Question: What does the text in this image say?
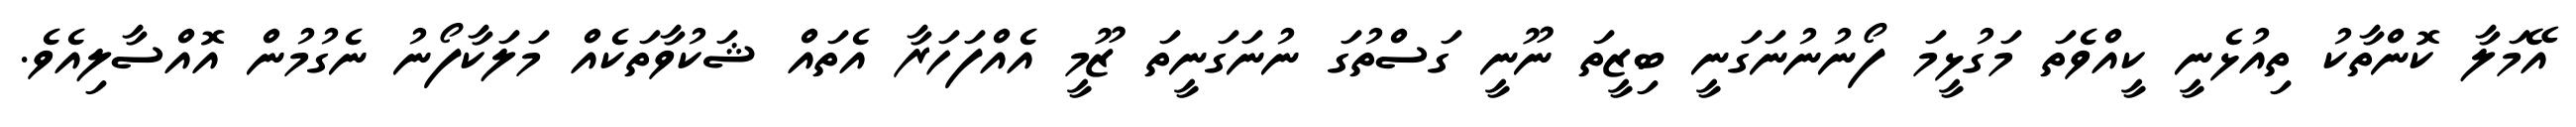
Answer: އޭމަލާ ކޮންތާކު ތިއުޅެނީ ކީއްވެތަ މަގުޅީމަ ފޯނުނުނަގަނީ ބިޒީތަ ނޫނީ ގަސްތުގަ ނުނަގަނީތަ ޒޫމީ އެއްފަހަރާ އެތައް ޝަކުވާތަކެއް މަލަކާފޯނު ނެގުމުން އޮއްސާލިއެވެ.